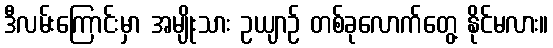
ဒီလမ်းကြောင်းမှာ အမျိုးသား ဥယျာဉ် တစ်ခုလောက်တွေ့ နိုင်မလား။